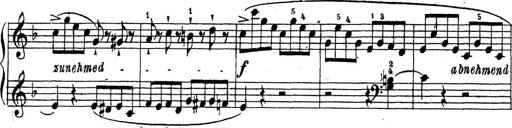
Title: 10 Sonatinas
Composer: Fritz Spindler